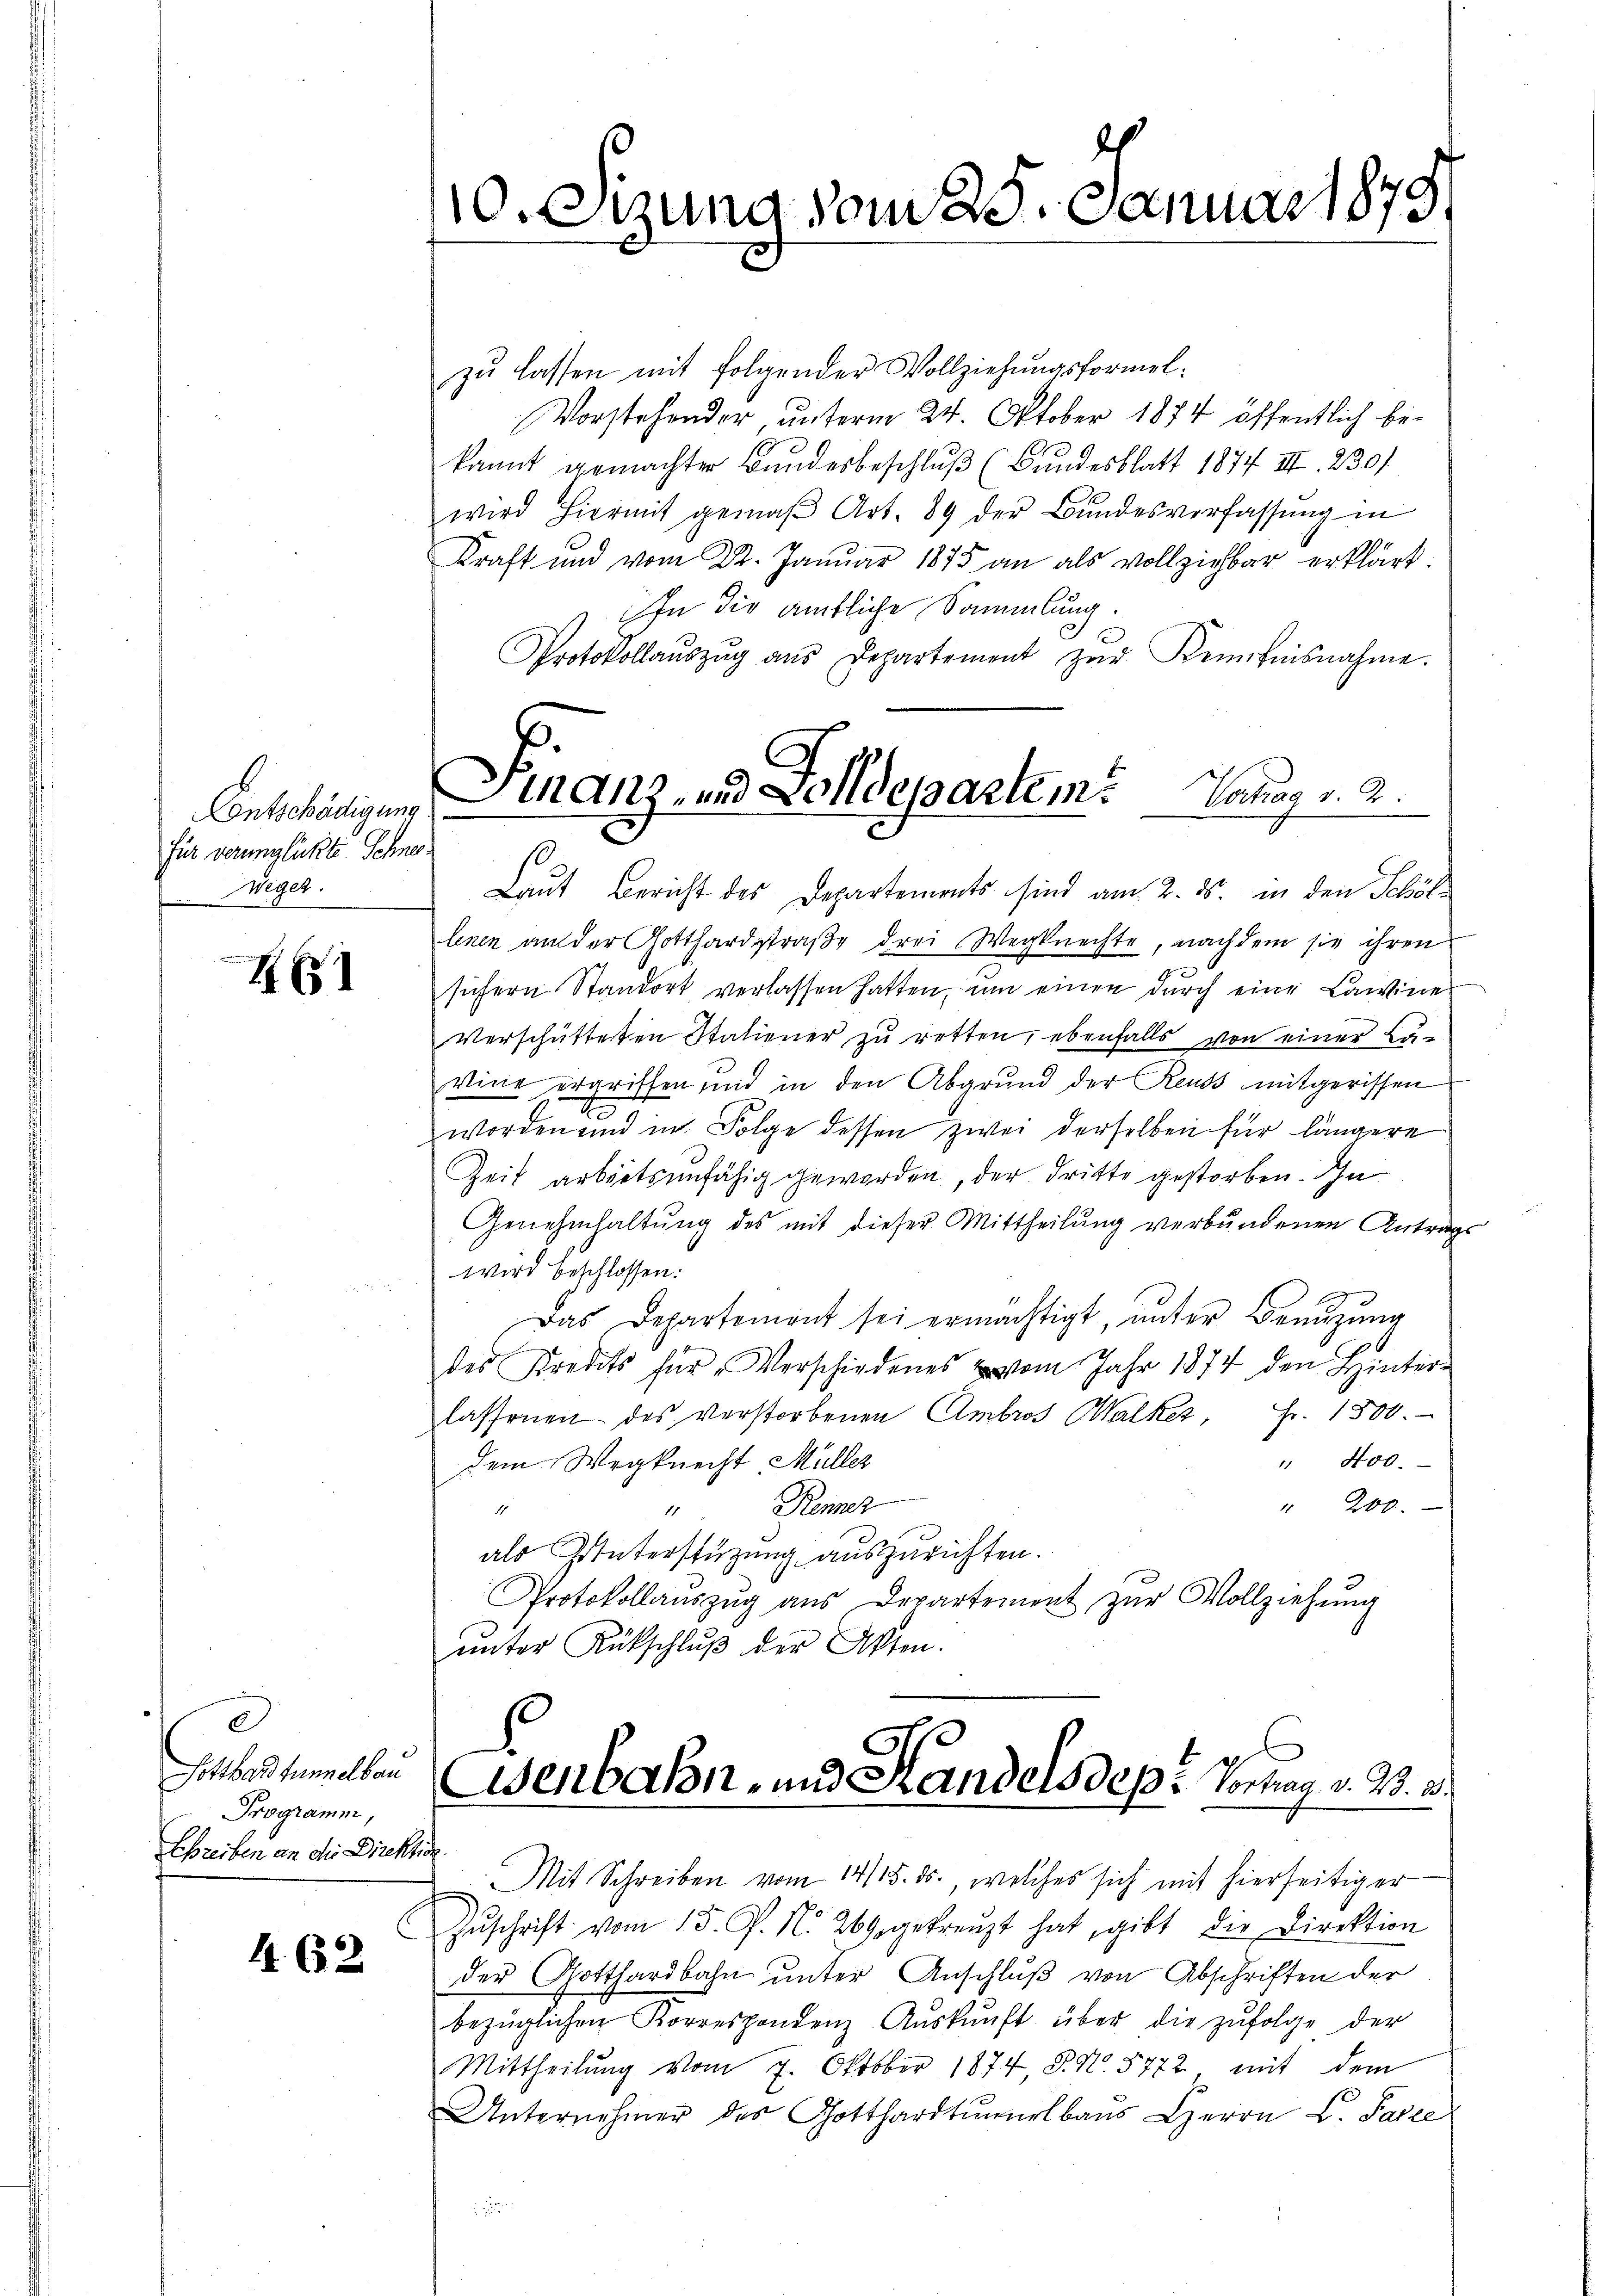
Contschädigung
für verunglückte Schne¬
Zwegen.

IE

d
Gotthardtunnelbau
Programm,
Schreiben an die Direktio

4. 632

10. Sizung vom 25. Januar 1875.

zu lassen mit folgender Vollziehungsformel:
Vorstehender unterm 24. Oktober 1874 öffentlich be-
kannt gemachter Bundesbeschluß (Bundesblatt 1874 III. 230.
wird hiermit gemäβ Art. 89 der Bŭndesverfassŭng in
Kraft und vom 22. Januar 1875 an als vollziehbar erklärt.
In die ämtliche Sammlung.
Protokollaŭszŭg aŭs Departement zŭr Kein hinsnahme.
Laut Bericht des Departements sind am 2. ds. in den Schöllenen an der Gotthardstraße drei Wegknechte, nachdem sie ihren
sichern Standort verlassen hatten, um einen durch eine Lawine
verschütteten Statiener zu retten, ebenfalls von einer Luvine ergriffen und in den Abgrund der Reuss mitgerissen
worden und in Folge dessen zwei derselben für längere
Zeit arbeitsunfähig geworden, der dritte gestorben. Ihn
Genehmhaltung des mit dieser Mittheilung verbundenen Antrag
wird beschlossen:
Das Departement sei ermächtigt, unter Benutzung
des Kredits für Verschiedenes vom Jahr 1874 den Hinter-
lassenen des verstorbenen Ambros Calkes, Fr. 1500.
" 400.
dem Wegknecht Müller
" 200.
Punner
1
11
als Unterstüzung auszurichten.
Protokollaŭszŭg aŭs Departement zŭr Vollziehung
ŭnter Rückschlŭβ der Akten.
Csenbahn- und Kandelsdepr Vortrag v. M. a.
h.
Mit Schreiben vom 14/15. ds., welches sich mit hierseitiger
Zŭschrift vom 15. J. N. 269. gekreuzt hat, gibt die Direktion
der Gotthardbahn unter Anschluß von Abschriften der
bezüglichen Korrespondenz Aŭskŭnft über die zŭfolge der
Mittheilŭng vom 7. Oktober 1874 P. Nr. 5772 mit dem
Unternehmer des Gotthardtŭnrlbaus Herrn L. Parce

inanz- und Zolldepartem Vortrag v. 2.
e